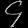
Digit: ၄